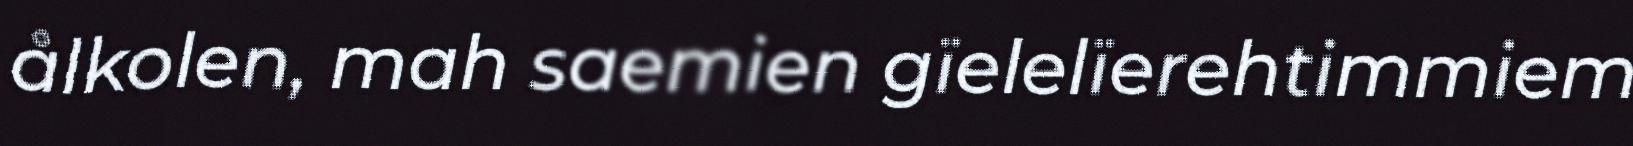
ålkolen, mah saemien gïelelïerehtimmiem